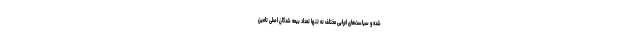
شده و سیاست‌های اجرایی مختلف نه تنها تعداد بیمه شدگان اصلی تامین